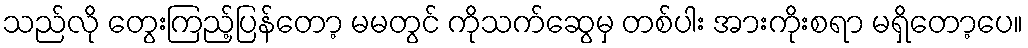
သည်လို တွေးကြည့်ပြန်တော့ မမတွင် ကိုသက်ဆွေမှ တစ်ပါး အားကိုးစရာ မရှိတော့ပေ။